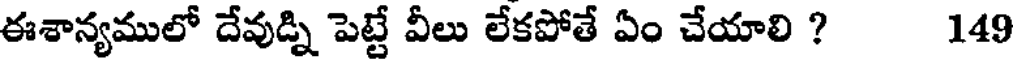
ఈశాన్యములో దేవుడ్ని పెట్టే వీలు లేకపోతే ఏం చేయాలి ? 149